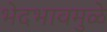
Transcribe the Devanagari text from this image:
भेदभावमुळे